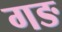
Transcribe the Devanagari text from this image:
गङ